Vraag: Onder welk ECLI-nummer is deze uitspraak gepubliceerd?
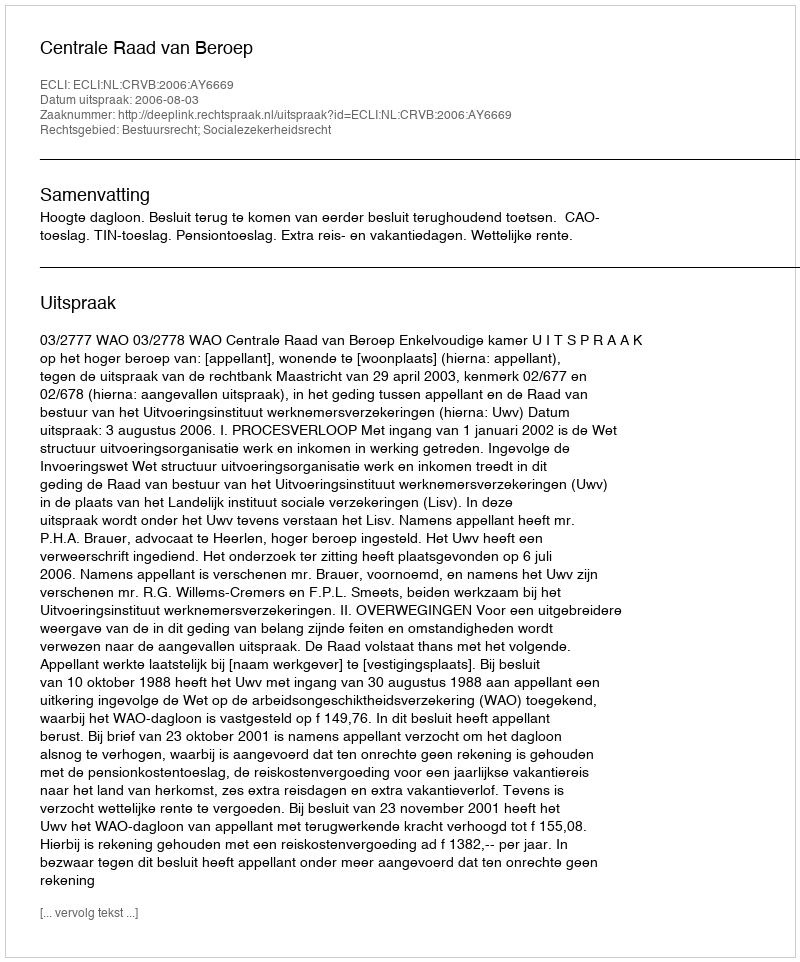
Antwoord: ECLI:NL:CRVB:2006:AY6669